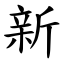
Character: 新